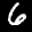
Label: 6